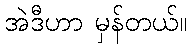
အဲဒီဟာ မှန်တယ်။